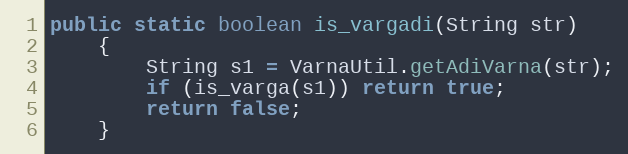
Language: Java
public static boolean is_vargadi(String str)
    {
        String s1 = VarnaUtil.getAdiVarna(str);
        if (is_varga(s1)) return true;
        return false;
    }